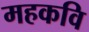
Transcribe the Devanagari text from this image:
महकवि